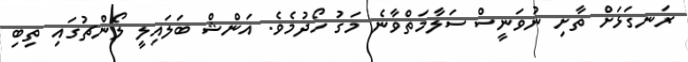
ރަނގަޅަށް ތާށި ނުވަނީސް ސަލާމަތްވާނެ މަގު ހޯދުމެވެ. އަންޝް ބަލައިލީ ލޯންޗުގައި ތިބި